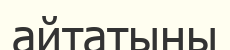
айтатыны